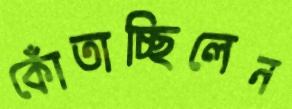
কোঁতাচ্ছিলেন